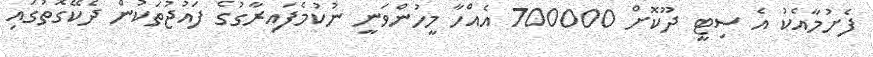
ފެށުމާއެކު އެ ސިޓީ ދޫކޮށް 700000 އެއްހާ މީހުންވަނީ ނުކުމެފައިރާގުގެ ފައުޖުތަކުން ދެކޭގޮތުގައި